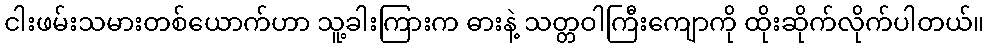
ငါးဖမ်းသမားတစ်ယောက်ဟာ သူ့ခါးကြားက ဓားနဲ့ သတ္တဝါကြီးကျောကို ထိုးဆိုက်လိုက်ပါတယ်။